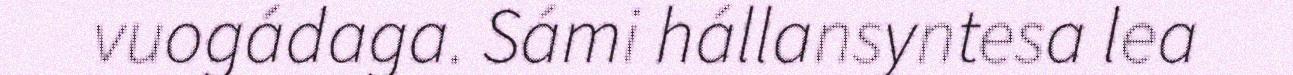
vuogádaga. Sámi hállansyntesa lea